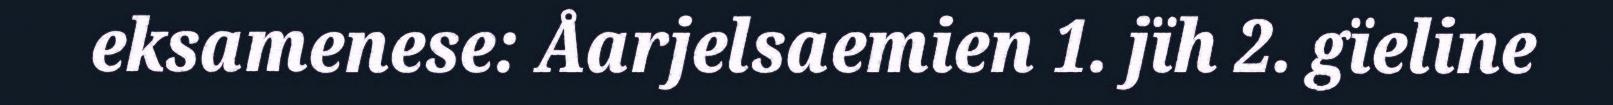
eksamenese: Åarjelsaemien 1. jïh 2. gïeline